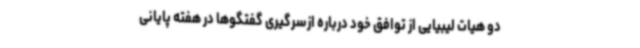
دو هیات لیبیایی از توافق خود درباره ازسرگیری گفتگوها در هفته پایانی